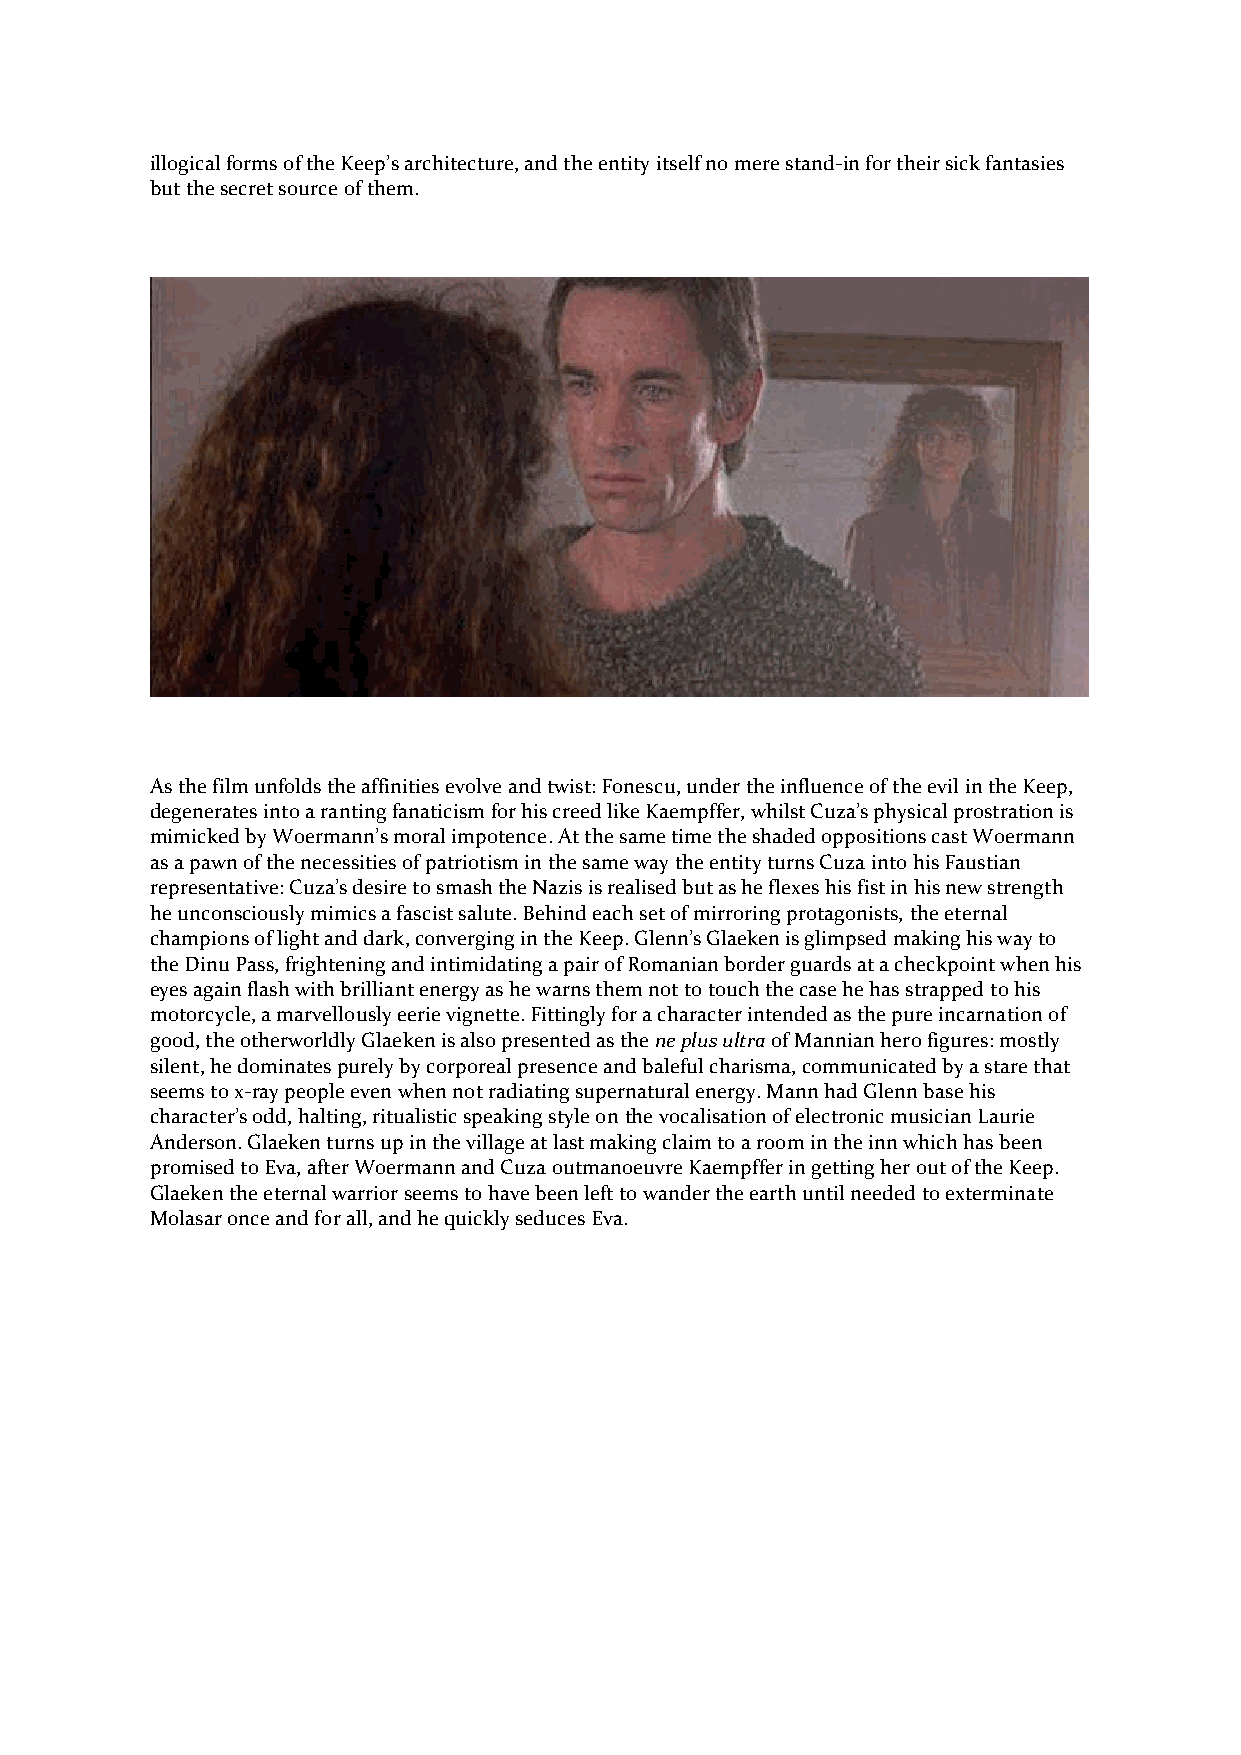
illogical forms of the Keep’s architecture, and the entity itself no mere stand-in for their sick fantasies
 but the secret source of them.
 As the film unfolds the affinities evolve and twist: Fonescu, under the influence of the evil in the Keep,
 degenerates into a ranting fanaticism for his creed like Kaempffer, whilst Cuza’s physical prostration is
 mimicked by Woermann’s moral impotence. At the same time the shaded oppositions cast Woermann
 as a pawn of the necessities of patriotism in the same way the entity turns Cuza into his Faustian
 representative: Cuza’s desire to smash the Nazis is realised but as he flexes his fist in his new strength
 he unconsciously mimics a fascist salute. Behind each set of mirroring protagonists, the eternal
 champions of light and dark, converging in the Keep. Glenn’s Glaeken is glimpsed making his way to
 the Dinu Pass, frightening and intimidating a pair of Romanian border guards at a checkpoint when his
 eyes again flash with brilliant energy as he warns them not to touch the case he has strapped to his
 motorcycle, a marvellously eerie vignette. Fittingly for a character intended as the pure incarnation of
 good, the otherworldly Glaeken is also presented as the ne plus ultra of Mannian hero figures: mostly
 silent, he dominates purely by corporeal presence and baleful charisma, communicated by a stare that
 seems to x-ray people even when not radiating supernatural energy. Mann had Glenn base his
 character’s odd, halting, ritualistic speaking style on the vocalisation of electronic musician Laurie
 Anderson. Glaeken turns up in the village at last making claim to a room in the inn which has been
 promised to Eva, after Woermann and Cuza outmanoeuvre Kaempffer in getting her out of the Keep.
 Glaeken the eternal warrior seems to have been left to wander the earth until needed to exterminate
 Molasar once and for all, and he quickly seduces Eva.